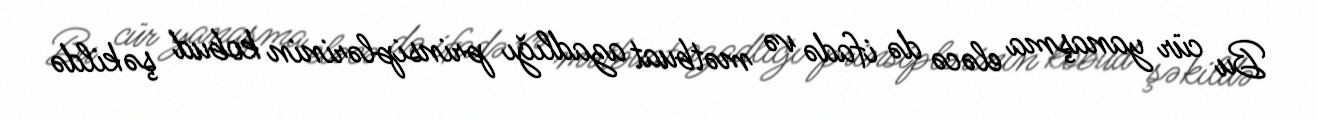
Bu cür yanaşma eləcə də ifadə və mətbuat azadlığı prinsiplərinin kobud şəkildə